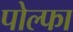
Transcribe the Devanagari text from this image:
पोल्फा